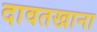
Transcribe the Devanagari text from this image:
दावतखाना